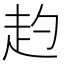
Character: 𧺕